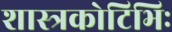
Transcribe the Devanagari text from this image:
शास्त्रकोटिभिः